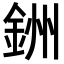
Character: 銂